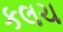
કલચ